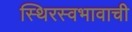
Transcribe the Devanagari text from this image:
स्थिरस्वभावाची